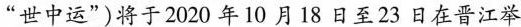
”世中运”)将于2020年10月18日至23日在晋江举